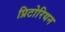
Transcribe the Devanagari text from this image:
प्रिटोरियन